Source: Handwritten
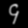
Digit: ၄ (4)